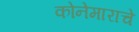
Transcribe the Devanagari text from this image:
कोनेमाराचे